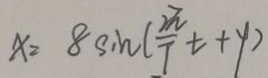
x = 8 \sin ( \frac { 2 \pi } { 7 } t + y )